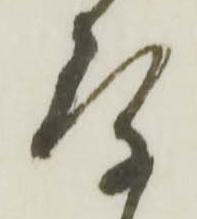
存